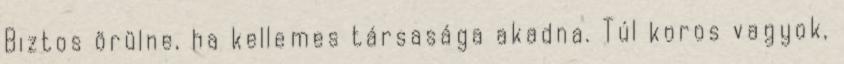
Biztos örülne, ha kellemes társasága akadna. Túl koros vagyok,